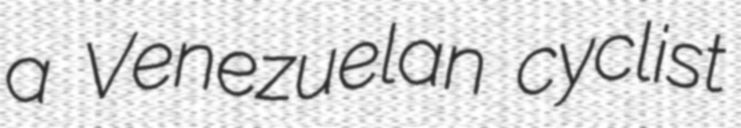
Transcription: a Venezuelan cyclist